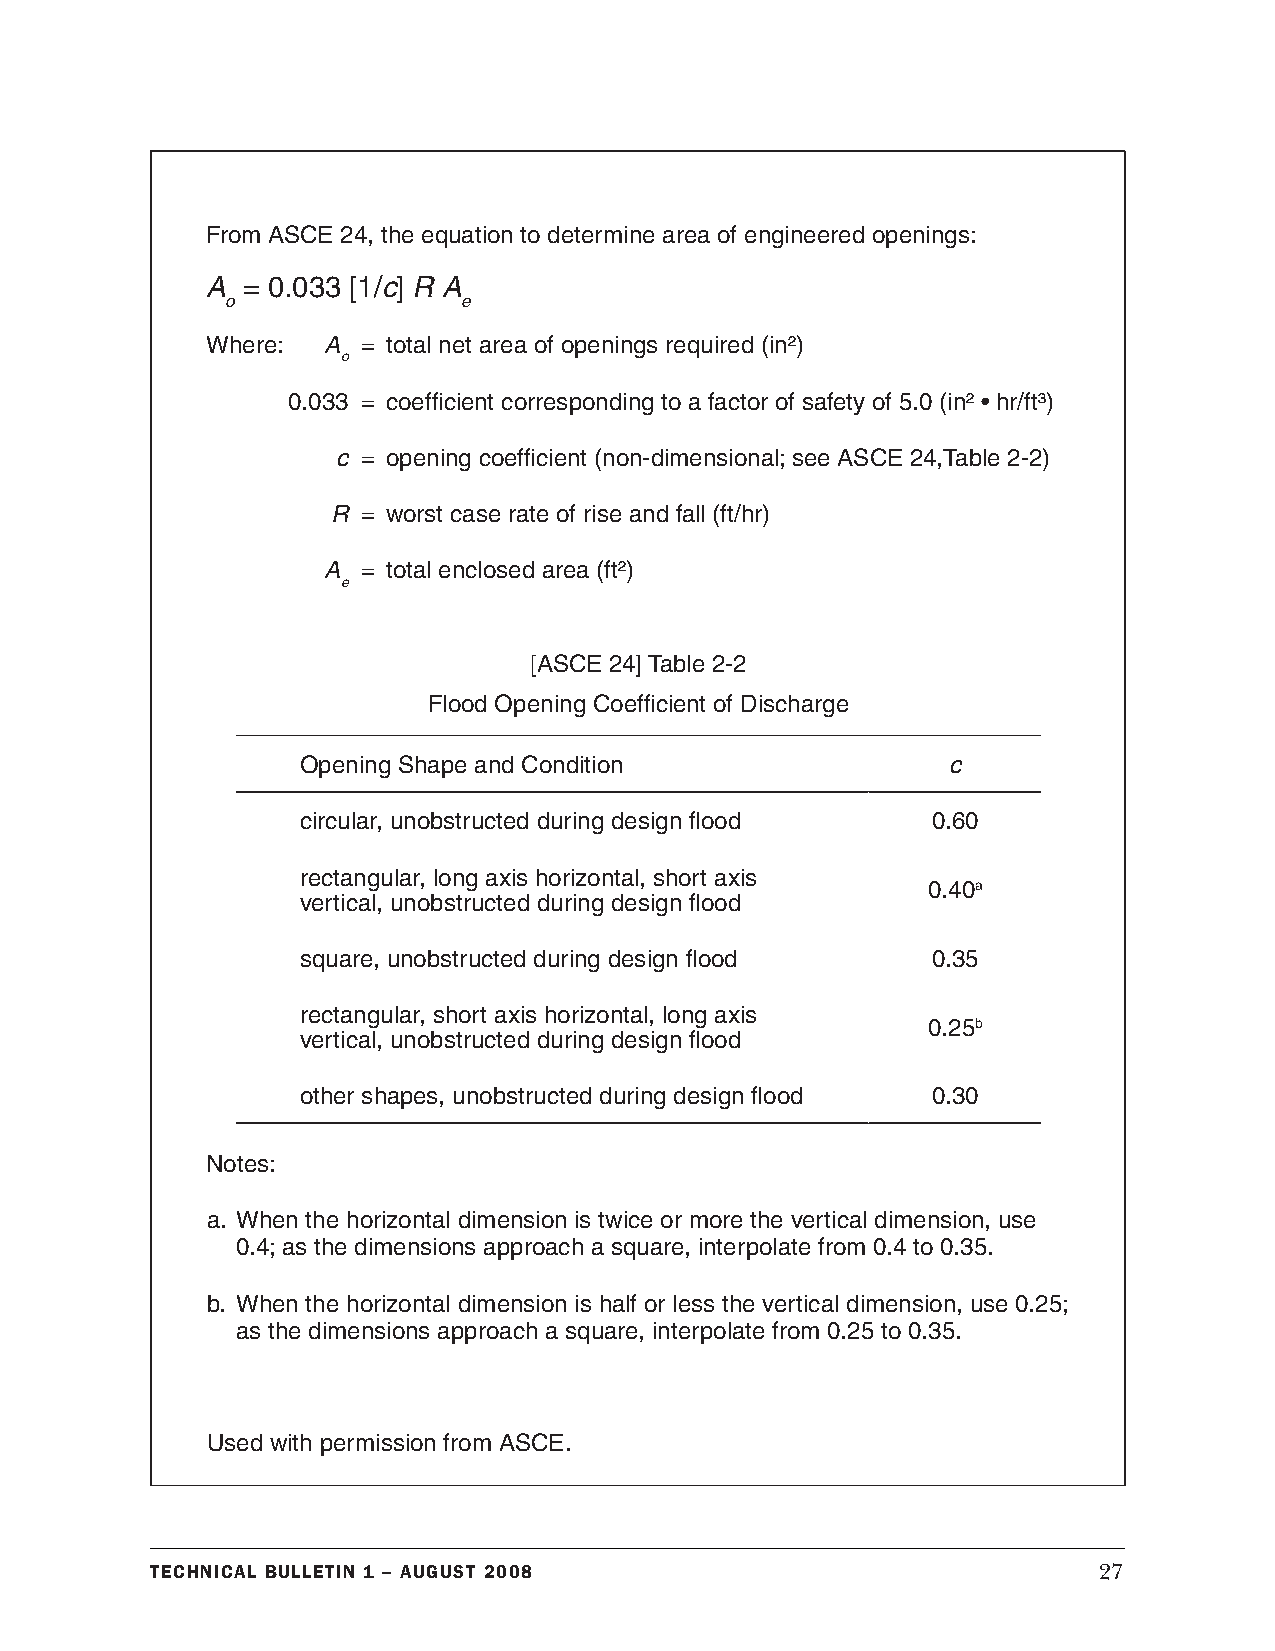
From ASCE 24, the equation to determine area of engineered openings:
 A = 0.033 [1/c] R A
 o               e
 Where: A  = total net area of openings required (in²)
 o
 0.033 = coefficient corresponding to a factor of safety of 5.0 (in² • hr/ft³)
 c = opening coefficient (non-dimensional; see ASCE 24,Table 2-2)
 R = worst case rate of rise and fall (ft/hr)
 A  = total enclosed area (ft²)
 e
 [ASCE 24] Table 2-2
 Flood Opening Coefficient of Discharge
 Opening Shape and Condition                c
 circular, unobstructed during design flood 0.60
 rectangular, long axis horizontal, short axis
 0.40a
 vertical, unobstructed during design flood
 square, unobstructed during design flood  0.35
 rectangular, short axis horizontal, long axis
 0.25b
 vertical, unobstructed during design flood
 other shapes, unobstructed during design flood 0.30
 Notes:
 a. When the horizontal dimension is twice or more the vertical dimension, use
 0.4; as the dimensions approach a square, interpolate from 0.4 to 0.35.
 b. When the horizontal dimension is half or less the vertical dimension, use 0.25;
 as the dimensions approach a square, interpolate from 0.25 to 0.35.
 Used with permission from ASCE.
 Technical BulleTin 1 – augusT 2008                             27